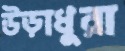
উড়াধুরা